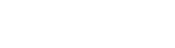
ခဏကြာသောအခါ